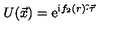
U ( \vec { x } ) = { \mathrm { e } } ^ { \mathrm { i } f _ { 2 } ( r ) \hat { \cdot } \vec { \tau } }